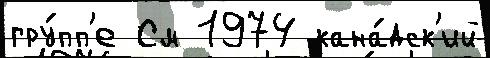
гру́пп'е См 1974 кана́дск'ий